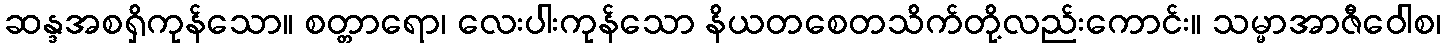
ဆန္ဒအစရှိကုန်သော။ စတ္တာရော၊ လေးပါးကုန်သော နိယတစေတသိက်တို့လည်းကောင်း။ သမ္မာအာဇီဝေါစ၊